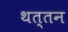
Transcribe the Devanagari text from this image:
थत्तन